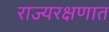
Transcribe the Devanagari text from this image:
राज्यरक्षणात